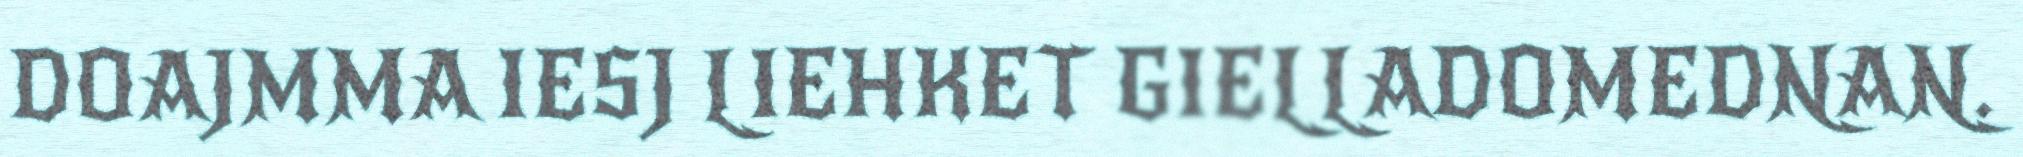
DOAJMMA IESJ LIEHKET GIELLADOMEDNAN.